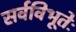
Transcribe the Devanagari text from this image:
सर्वविभूतेः